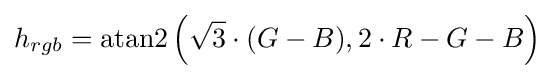
h_{rgb}=\mathrm {atan2} \left({\sqrt {3}}\cdot (G-B),2\cdot R-G-B\right)